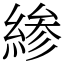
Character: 𫃰